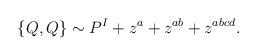
LaTeX: \begin{align*}\{Q, Q\} \sim P^I + z^a + z^{ab} + z^{abcd}.\end{align*}